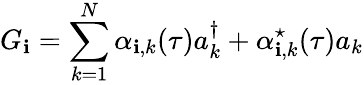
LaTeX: G_{\mathbf{i}}=\sum_{k=1}^{N}\alpha_{\mathbf{i},k}(\tau)a_{k}^{\dagger}+\alpha_{\mathbf{i},k}^{\star}(\tau)a_{k}